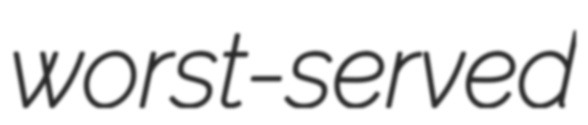
worst-served